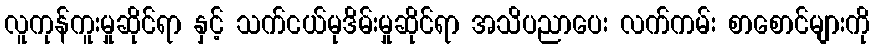
လူကုန်ကူးမှုဆိုင်ရာ နှင့် သက်ငယ်မုဒိမ်းမှုဆိုင်ရာ အသိပညာပေး လက်ကမ်း စာစောင်များကို